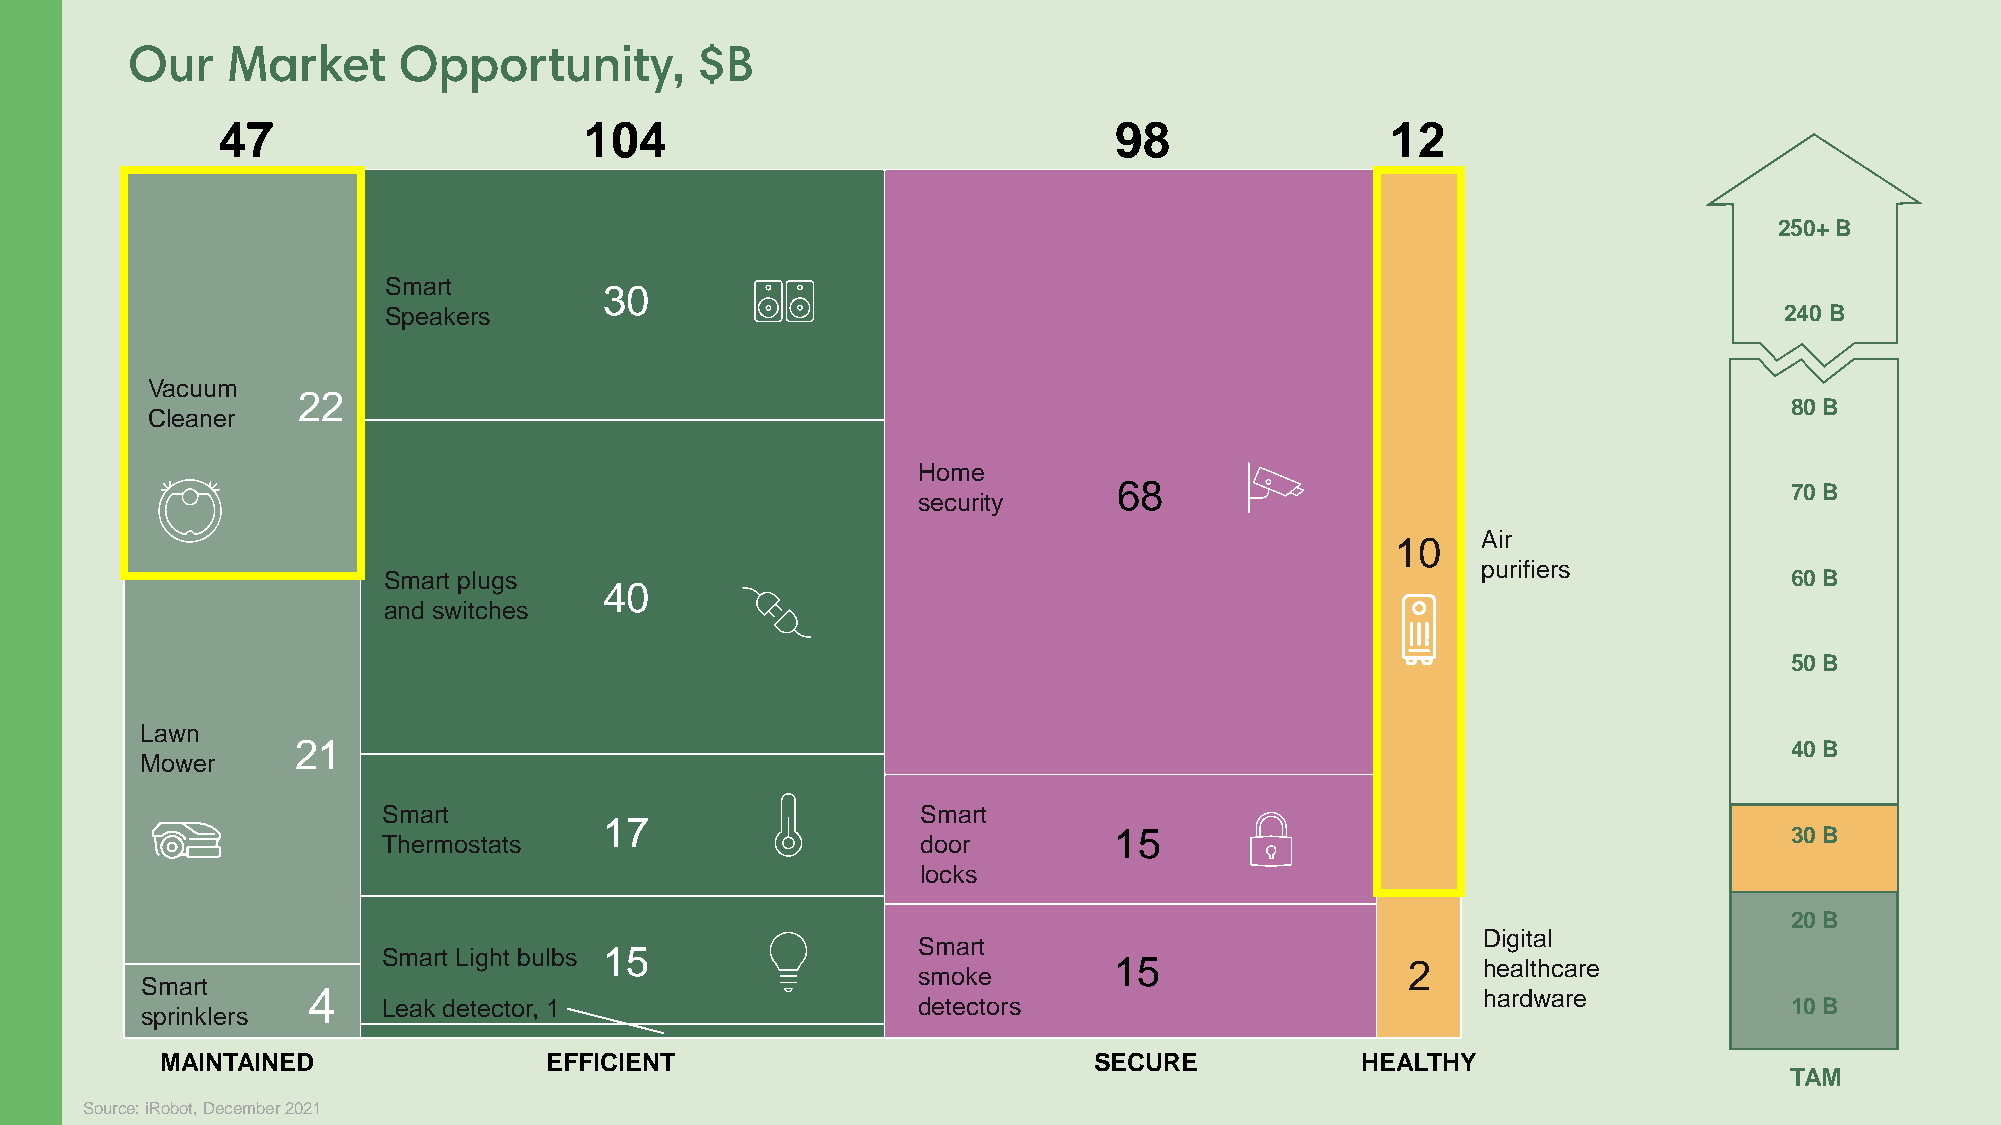
47                       104                                98                12
 250+ B
 Smart
 30
 Speakers                                                                                     240 B
 Vacuum
 22
 80 B
 Cleaner
 Home
 68                                          70 B
 security
 10    Air
 purifiers
 Smart plugs                                                                                  60 B
 40
 and switches
 50 B
 Lawn
 21                                                                                                 40 B
 Mower
 Smart                               Smart
 17
 15                                          30 B
 Thermostats                         door
 locks
 20 B
 Digital
 Smart
 Smart Light bulbs 15
 15                 2    healthcare
 smoke
 Smart
 4                                                                             hardware
 Leak detector, 1                    detectors                                                10 B
 sprinklers
 MAINTAINED               EFFICIENT                           SECURE            HEALTHY
 TAM
 Source: iRobot, December 2021